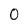
Character: 0